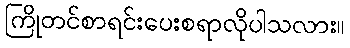
ကြိုတင်စာရင်းပေးစရာလိုပါသလား။